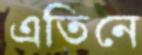
এতিনে